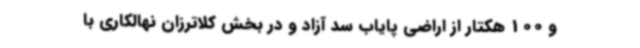
و 100 هکتار از اراضی پایاب سد آزاد و در بخش کلاترزان نهالکاری با